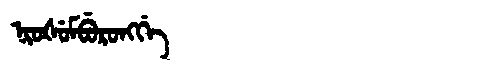
Manchu: ᠨᡳᠣᡧᡠᠮᠪᡠᡵᠣᠩᡤᡝ
Romanization: NIOŠUMBURONGGE